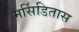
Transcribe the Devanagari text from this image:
मर्सिडितास